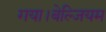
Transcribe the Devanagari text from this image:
गया।बेल्जियम